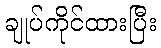
ချုပ်ကိုင်ထားပြီး